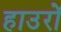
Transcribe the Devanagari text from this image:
हाउरों